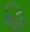
હિ